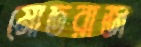
মোতরাজ